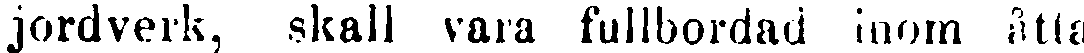
jordverk, skall vara fullbordad inom åtta